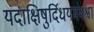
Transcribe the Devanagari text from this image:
यदाक्षिषुर्दिधयमंमश्वा